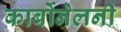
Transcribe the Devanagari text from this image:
कार्बोनेलनी